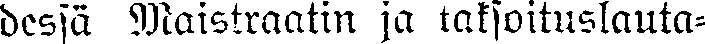
dessä Maistraatin ja taksoituslauta-